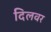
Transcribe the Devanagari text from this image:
दिलवर